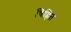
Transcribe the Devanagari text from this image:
चिह्नित